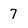
Character: 7